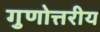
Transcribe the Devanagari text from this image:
गुणोत्तरीय